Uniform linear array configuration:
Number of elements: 48
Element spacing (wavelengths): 0.75
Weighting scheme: hamming
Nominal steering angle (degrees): -60
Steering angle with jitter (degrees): -60.153
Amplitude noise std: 0.05
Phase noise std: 0.05

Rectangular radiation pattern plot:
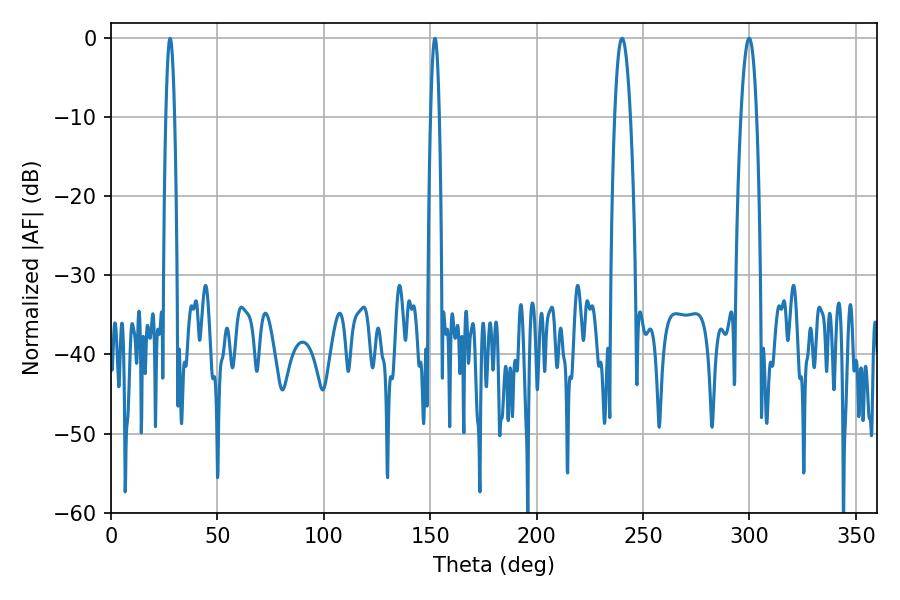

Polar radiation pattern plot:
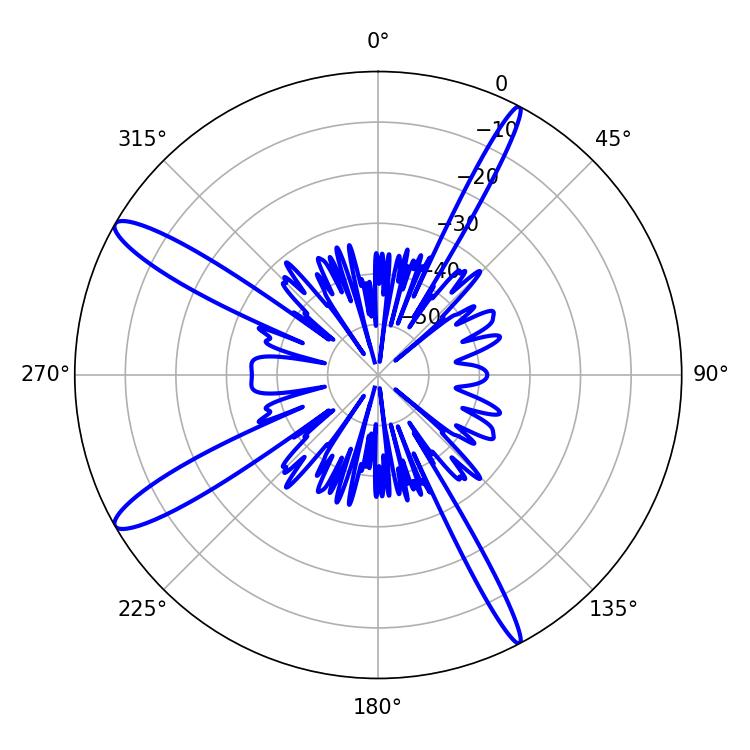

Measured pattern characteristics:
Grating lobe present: TRUE
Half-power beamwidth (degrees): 4.14
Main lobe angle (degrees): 240.12